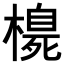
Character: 𪳳